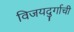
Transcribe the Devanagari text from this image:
विजयदुर्गाची